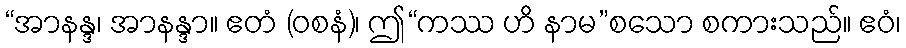
“အာနန္ဒ၊ အာနန္ဒာ။ ဧတံ (ဝစနံ)၊ ဤ“ကဿ ဟိ နာမ”စသော စကားသည်။ ဧဝံ၊